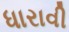
ધારાવી